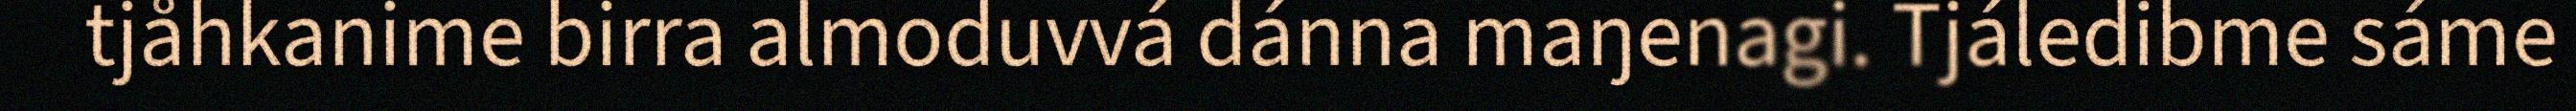
tjåhkanime birra almoduvvá dánna maŋenagi. Tjáledibme sáme